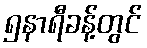
၅နာရီခန့်တွင်